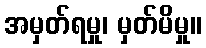
အမှတ်ရမှု၊ မှတ်မိမှု။